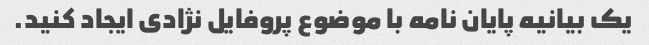
یک بیانیه پایان نامه با موضوع پروفایل نژادی ایجاد کنید.